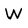
Character: W